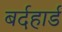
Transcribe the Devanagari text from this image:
बर्दहार्ड